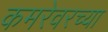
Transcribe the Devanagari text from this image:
कमरेवरच्या